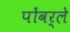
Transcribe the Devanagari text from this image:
पोंवर्ले